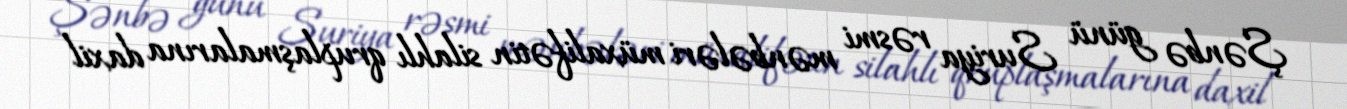
Şənbə günü Suriya rəsmi mənbələri müxalifətin silahlı qruplaşmalarına daxil